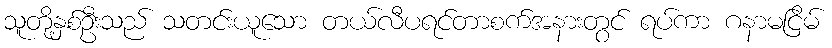
သူတို့နှစ်ဦးသည် သတင်းယူသော တယ်လီပရင်တာစက်အနားတွင် ရပ်ကာ ဂနာမငြိမ်